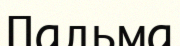
Пальма